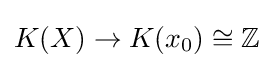
K(X)\to K(x_{0})\cong \mathbb {Z}